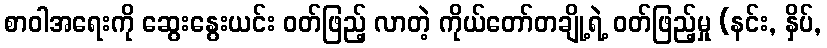
စာဝါအရေးကို ဆွေးနွေးယင်း ဝတ်ဖြည့် လာတဲ့ ကိုယ်တော်တချို့ရဲ့ ဝတ်ဖြည့်မှု (နင်း, နှိပ်,